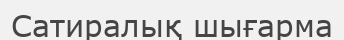
Сатиралық шығарма